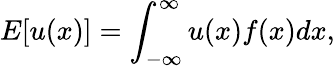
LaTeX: E[u(x)]=\int_{-\infty}^{\infty}u(x)f(x)dx,